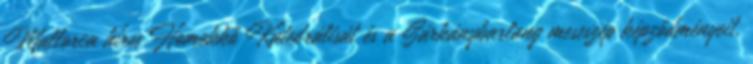
Mallorca híres Homokkő Katedrálisát és a Sárkánybarlang meseszép képződményeit,